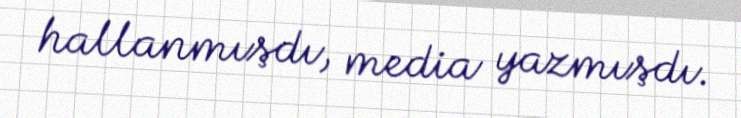
hallanmışdı, media yazmışdı.